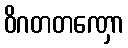
ဝိဂတတဏှော